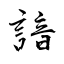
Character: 諳